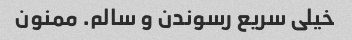
خیلی سریع رسوندن و سالم. ممنون